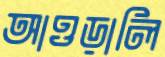
আওড়ালি